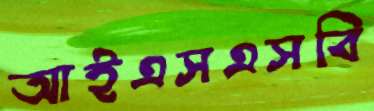
আইএসএসবি